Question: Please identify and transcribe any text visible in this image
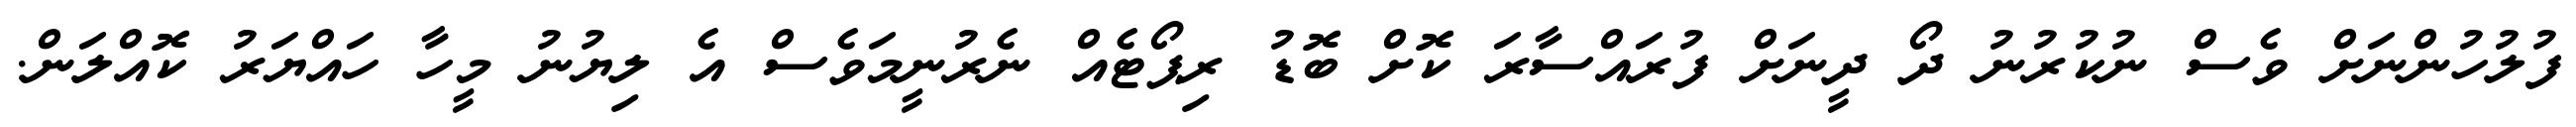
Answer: ފުލުހުންނަށް ވެސް ނުކުރުނު ދޯ ދީނަށް ފުރައްސާރަ ކޮށް ބޮޑު ރިޕޯޓެއް ނެރުނީމަވެސް އެ ލިޔުނު މީހާ ހައްޔަރު ކޮއްލަން.